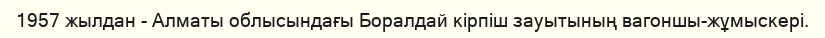
1957 жылдан - Алматы облысындағы Боралдай кірпіш зауытының вагоншы-жұмыскері.